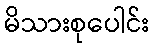
မိသားစုပေါင်း